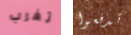
تغرب تدفعوا